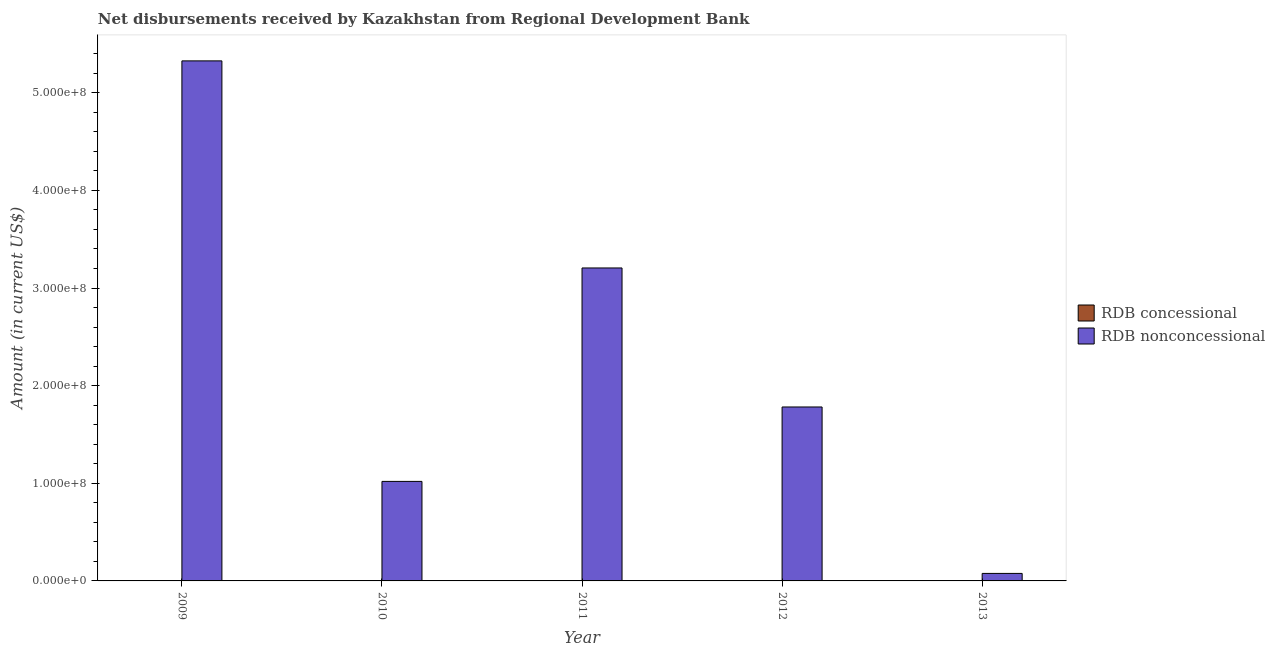
| Year | RDB concessional | RDB nonconcessional |
 | --- | --- | --- |
 | 2009 | -1.87e+05 | 5.33e+08 |
 | 2010 | -1.94e+05 | 1.02e+08 |
 | 2011 | -2.12e+05 | 3.21e+08 |
 | 2012 | -2.07e+05 | 1.78e+08 |
 | 2013 | -3.58e+05 | 7.69e+06 |